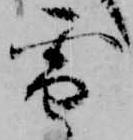
雪